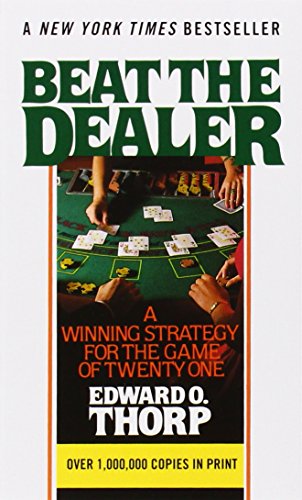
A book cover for Beat the Dealer: A Winning Strategy for the Game of Twenty-One; Edward O. Thorp; Humor & Entertainment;